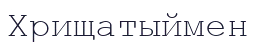
Хрищатыймен